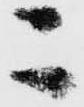
ニ